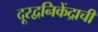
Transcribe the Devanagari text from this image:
दूरद्वनिकेंद्राची